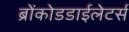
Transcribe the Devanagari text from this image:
ब्रोंकोडडाईलेटर्स